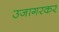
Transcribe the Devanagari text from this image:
उजागरकर